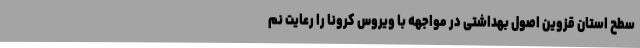
سطح استان قزوین اصول بهداشتی در مواجهه با ویروس کرونا را رعایت نم